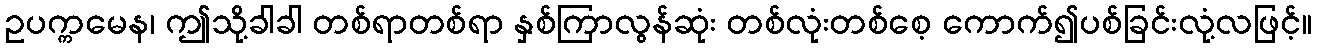
ဥပက္ကမေန၊ ဤသို့ခါခါ တစ်ရာတစ်ရာ နှစ်ကြာလွန်ဆုံး တစ်လုံးတစ်စေ့ ကောက်၍ပစ်ခြင်းလုံ့လဖြင့်။